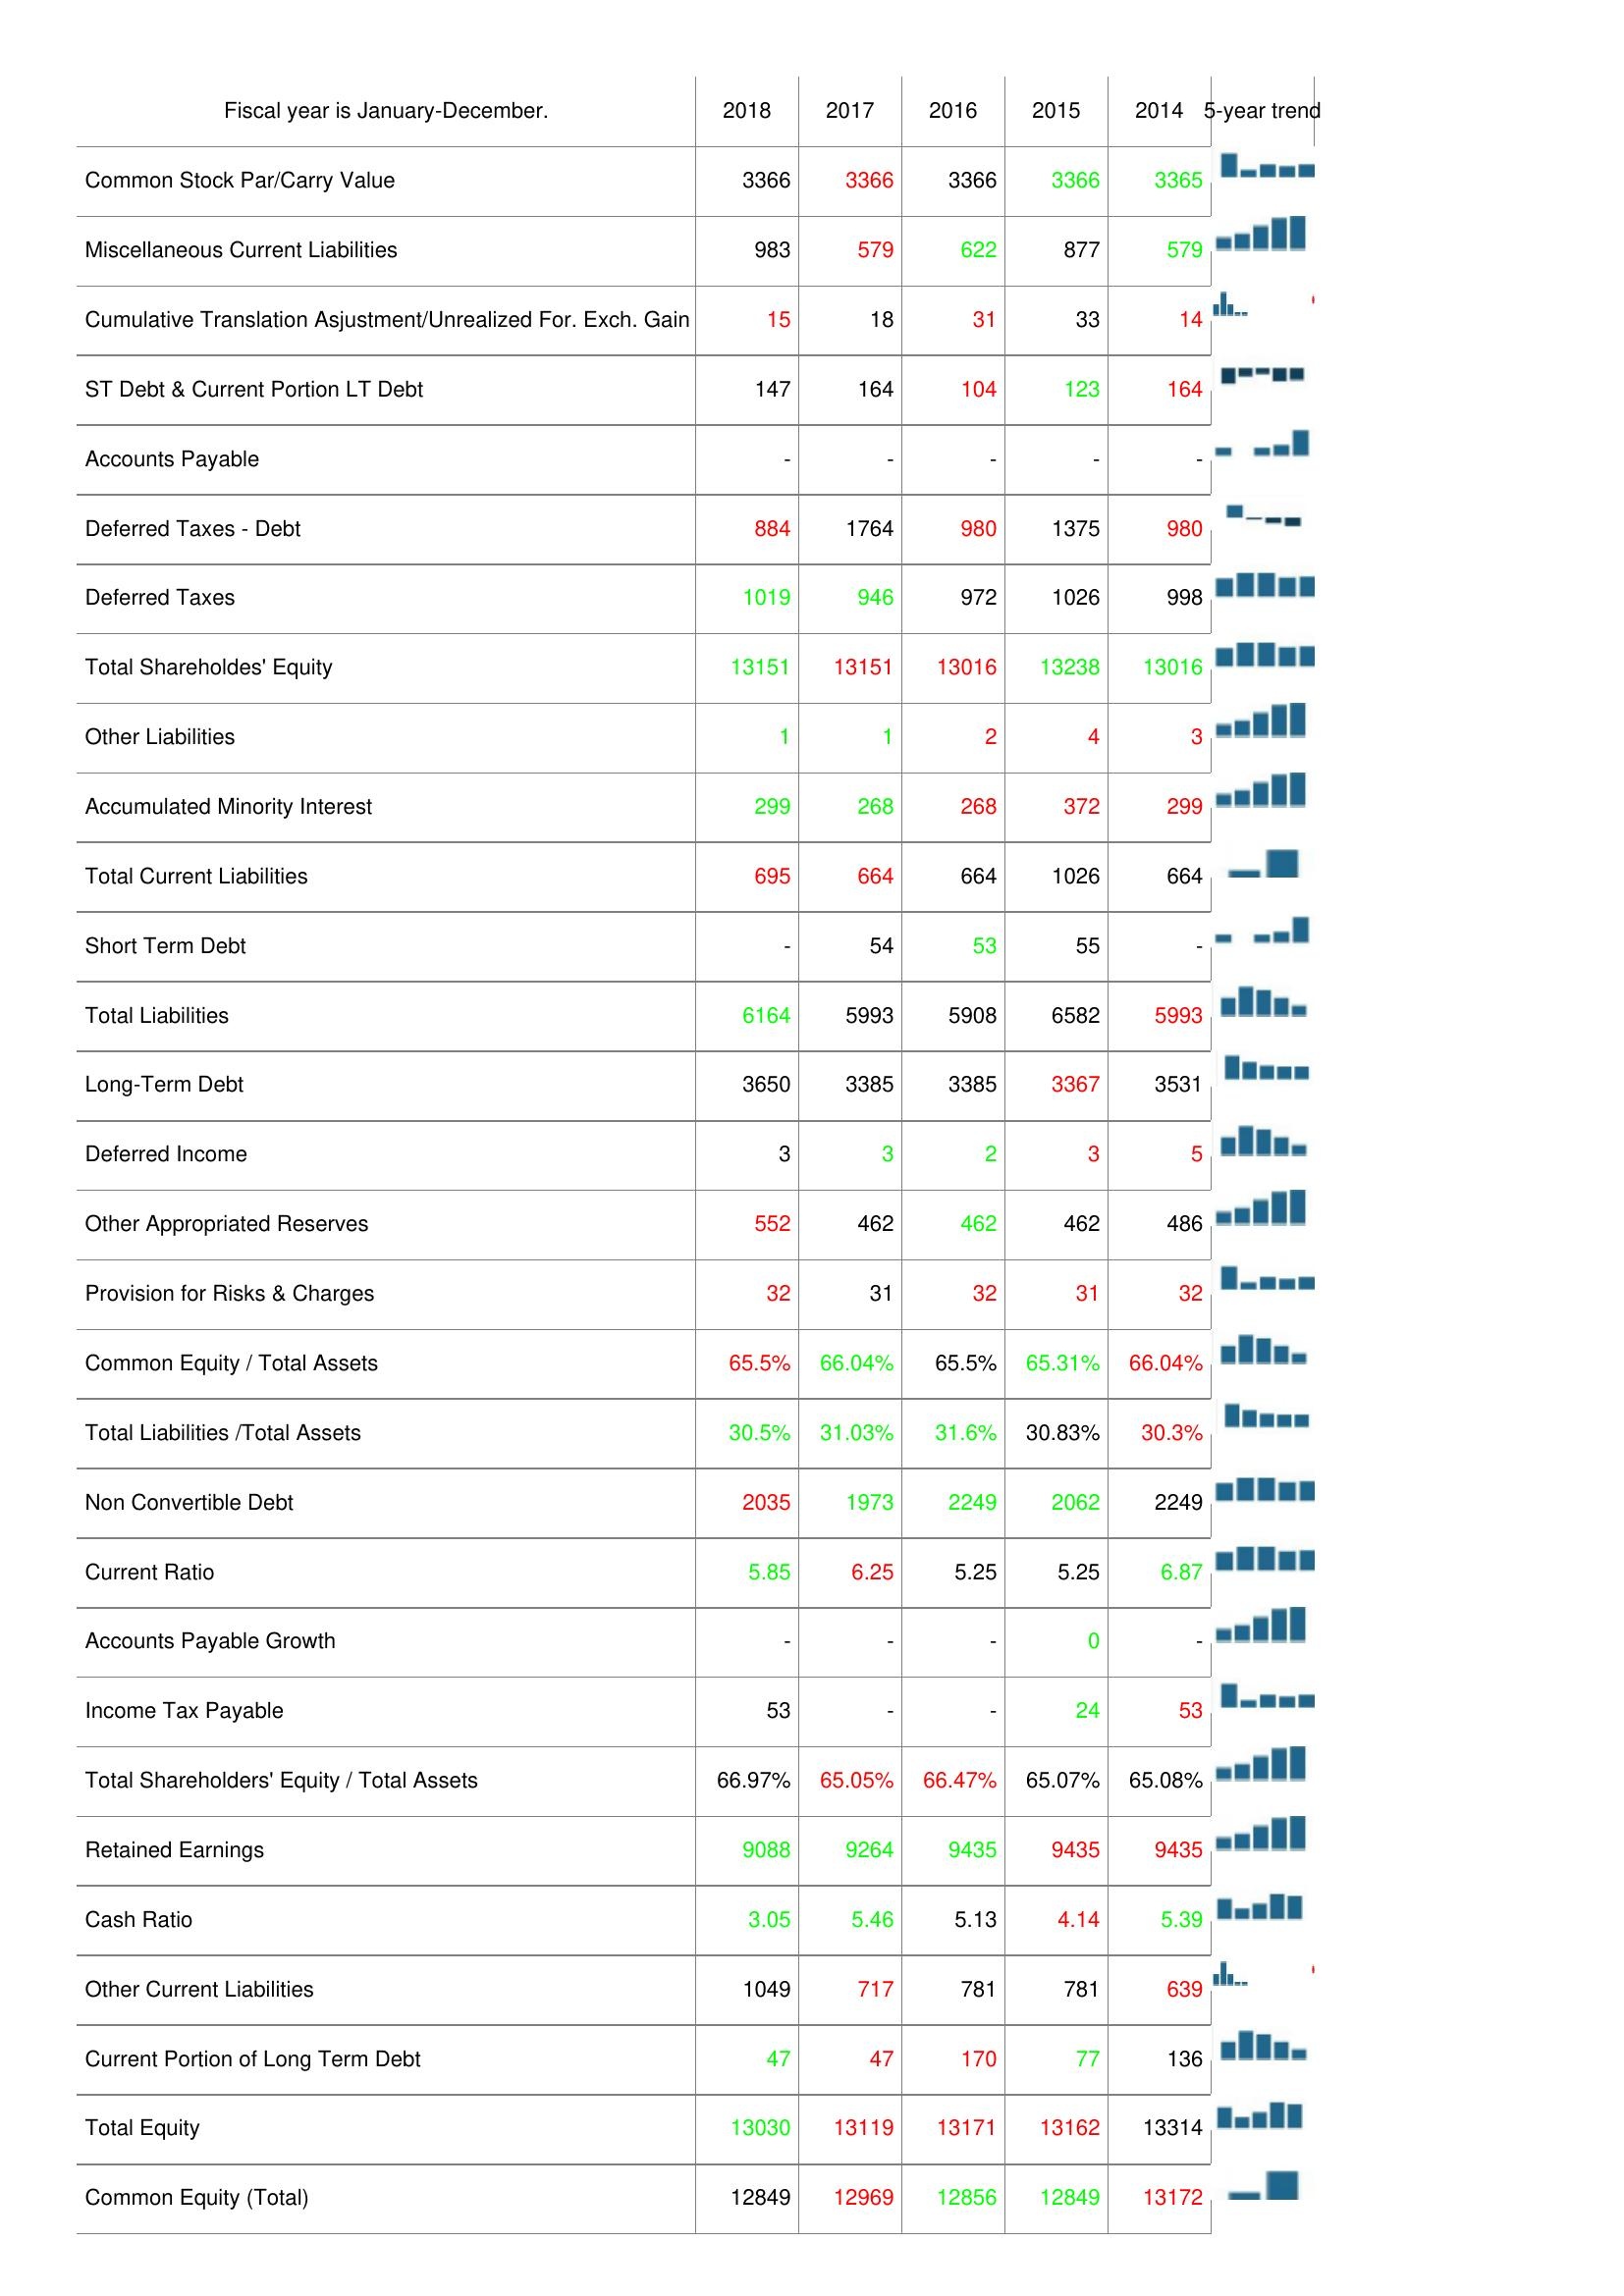
2018: Liabilities & Shareholder's Equity: Common Stock Par/Carry Value: 3366
Miscellaneous Current Liabilities: 983
Cumulative Translation Asjustment/Unrealized For. Exch. Gain: 15
ST Debt & Current Portion LT Debt: 147
Accounts Payable: -
Deferred Taxes - Debt: 884
Deferred Taxes: 1019
Total Shareholdes' Equity: 13151
Other Liabilities: 1
Accumulated Minority Interest: 299
Total Current Liabilities: 695
Short Term Debt: -
Total Liabilities: 6164
Long-Term Debt: 3650
Deferred Income: 3
Other Appropriated Reserves: 552
Provision for Risks & Charges: 32
Common Equity / Total Assets: 65.5%
Total Liabilities /Total Assets: 30.5%
Non Convertible Debt: 2035
Current Ratio: 5.85
Accounts Payable Growth: -
Income Tax Payable: 53
Total Shareholders' Equity / Total Assets: 66.97%
Retained Earnings: 9088
Cash Ratio: 3.05
Other Current Liabilities: 1049
Current Portion of Long Term Debt: 47
Total Equity: 13030
Common Equity (Total): 12849
2017: Liabilities & Shareholder's Equity: Common Stock Par/Carry Value: 3366
Miscellaneous Current Liabilities: 579
Cumulative Translation Asjustment/Unrealized For. Exch. Gain: 18
ST Debt & Current Portion LT Debt: 164
Accounts Payable: -
Deferred Taxes - Debt: 1764
Deferred Taxes: 946
Total Shareholdes' Equity: 13151
Other Liabilities: 1
Accumulated Minority Interest: 268
Total Current Liabilities: 664
Short Term Debt: 54
Total Liabilities: 5993
Long-Term Debt: 3385
Deferred Income: 3
Other Appropriated Reserves: 462
Provision for Risks & Charges: 31
Common Equity / Total Assets: 66.04%
Total Liabilities /Total Assets: 31.03%
Non Convertible Debt: 1973
Current Ratio: 6.25
Accounts Payable Growth: -
Income Tax Payable: -
Total Shareholders' Equity / Total Assets: 65.05%
Retained Earnings: 9264
Cash Ratio: 5.46
Other Current Liabilities: 717
Current Portion of Long Term Debt: 47
Total Equity: 13119
Common Equity (Total): 12969
2016: Liabilities & Shareholder's Equity: Common Stock Par/Carry Value: 3366
Miscellaneous Current Liabilities: 622
Cumulative Translation Asjustment/Unrealized For. Exch. Gain: 31
ST Debt & Current Portion LT Debt: 104
Accounts Payable: -
Deferred Taxes - Debt: 980
Deferred Taxes: 972
Total Shareholdes' Equity: 13016
Other Liabilities: 2
Accumulated Minority Interest: 268
Total Current Liabilities: 664
Short Term Debt: 53
Total Liabilities: 5908
Long-Term Debt: 3385
Deferred Income: 2
Other Appropriated Reserves: 462
Provision for Risks & Charges: 32
Common Equity / Total Assets: 65.5%
Total Liabilities /Total Assets: 31.6%
Non Convertible Debt: 2249
Current Ratio: 5.25
Accounts Payable Growth: -
Income Tax Payable: -
Total Shareholders' Equity / Total Assets: 66.47%
Retained Earnings: 9435
Cash Ratio: 5.13
Other Current Liabilities: 781
Current Portion of Long Term Debt: 170
Total Equity: 13171
Common Equity (Total): 12856
2015: Liabilities & Shareholder's Equity: Common Stock Par/Carry Value: 3366
Miscellaneous Current Liabilities: 877
Cumulative Translation Asjustment/Unrealized For. Exch. Gain: 33
ST Debt & Current Portion LT Debt: 123
Accounts Payable: -
Deferred Taxes - Debt: 1375
Deferred Taxes: 1026
Total Shareholdes' Equity: 13238
Other Liabilities: 4
Accumulated Minority Interest: 372
Total Current Liabilities: 1026
Short Term Debt: 55
Total Liabilities: 6582
Long-Term Debt: 3367
Deferred Income: 3
Other Appropriated Reserves: 462
Provision for Risks & Charges: 31
Common Equity / Total Assets: 65.31%
Total Liabilities /Total Assets: 30.83%
Non Convertible Debt: 2062
Current Ratio: 5.25
Accounts Payable Growth: 0
Income Tax Payable: 24
Total Shareholders' Equity / Total Assets: 65.07%
Retained Earnings: 9435
Cash Ratio: 4.14
Other Current Liabilities: 781
Current Portion of Long Term Debt: 77
Total Equity: 13162
Common Equity (Total): 12849
2014: Liabilities & Shareholder's Equity: Common Stock Par/Carry Value: 3365
Miscellaneous Current Liabilities: 579
Cumulative Translation Asjustment/Unrealized For. Exch. Gain: 14
ST Debt & Current Portion LT Debt: 164
Accounts Payable: -
Deferred Taxes - Debt: 980
Deferred Taxes: 998
Total Shareholdes' Equity: 13016
Other Liabilities: 3
Accumulated Minority Interest: 299
Total Current Liabilities: 664
Short Term Debt: -
Total Liabilities: 5993
Long-Term Debt: 3531
Deferred Income: 5
Other Appropriated Reserves: 486
Provision for Risks & Charges: 32
Common Equity / Total Assets: 66.04%
Total Liabilities /Total Assets: 30.3%
Non Convertible Debt: 2249
Current Ratio: 6.87
Accounts Payable Growth: -
Income Tax Payable: 53
Total Shareholders' Equity / Total Assets: 65.08%
Retained Earnings: 9435
Cash Ratio: 5.39
Other Current Liabilities: 639
Current Portion of Long Term Debt: 136
Total Equity: 13314
Common Equity (Total): 13172